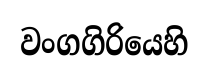
වංගගිරියෙහි